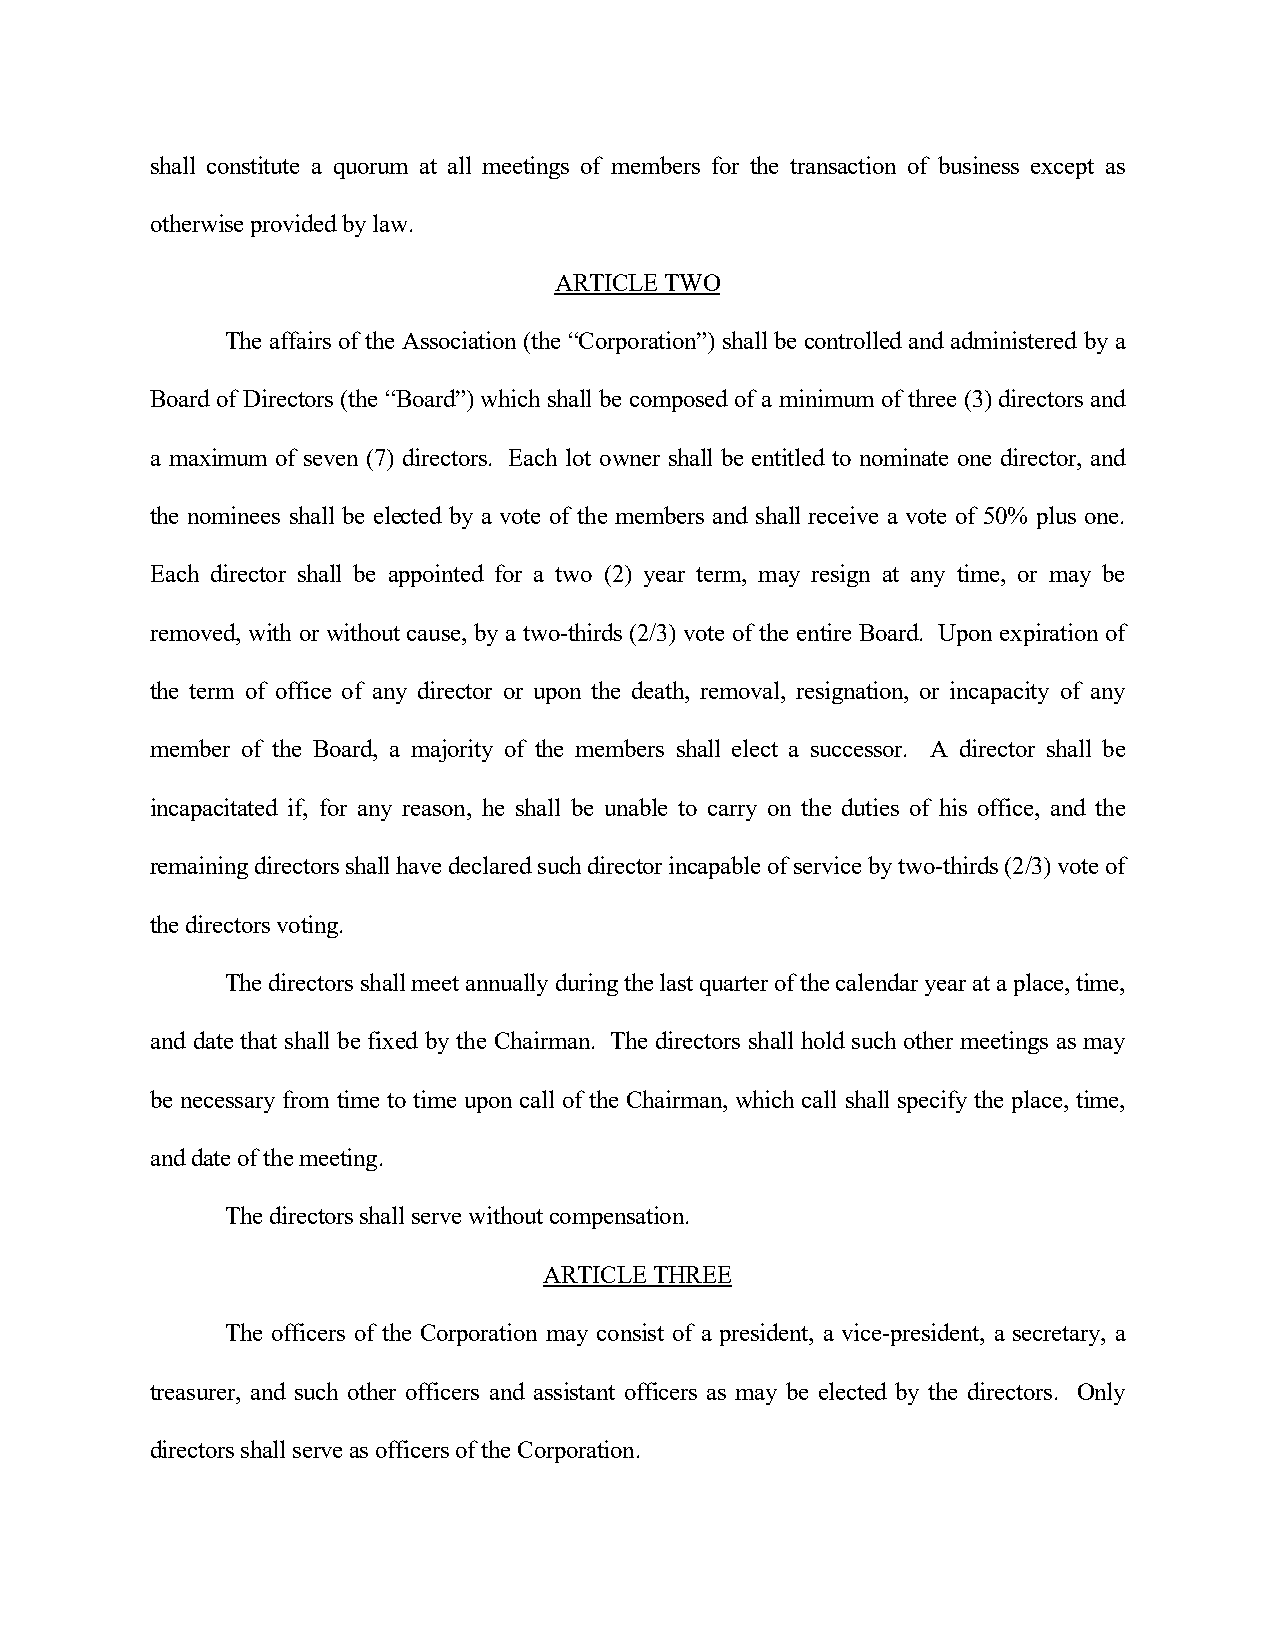
shall constitute a quorum at all meetings of members for the transaction of business except as
 otherwise provided by law.
 ARTICLE TWO
 The affairs of the Association (the “Corporation”) shall be controlled and administered by a
 Board of Directors (the “Board”) which shall be composed of a minimum of three (3) directors and
 a maximum of seven (7) directors. Each lot owner shall be entitled to nominate one director, and
 the nominees shall be elected by a vote of the members and shall receive a vote of 50% plus one.
 Each director shall be appointed for a two (2) year term, may resign at any time, or may be
 removed, with or without cause, by a two-thirds (2/3) vote of the entire Board. Upon expiration of
 the term of office of any director or upon the death, removal, resignation, or incapacity of any
 member of the Board, a majority of the members shall elect a successor. A director shall be
 incapacitated if, for any reason, he shall be unable to carry on the duties of his office, and the
 remaining directors shall have declared such director incapable of service by two-thirds (2/3) vote of
 the directors voting.
 The directors shall meet annually during the last quarter of the calendar year at a place, time,
 and date that shall be fixed by the Chairman. The directors shall hold such other meetings as may
 be necessary from time to time upon call of the Chairman, which call shall specify the place, time,
 and date of the meeting.
 The directors shall serve without compensation.
 ARTICLE THREE
 The officers of the Corporation may consist of a president, a vice-president, a secretary, a
 treasurer, and such other officers and assistant officers as may be elected by the directors. Only
 directors shall serve as officers of the Corporation.